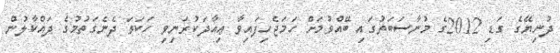
ދުނިޔޭގެ ގަޑި 2012ގެ މުނާސަބަތުގައި ބޭއްވުމަށް ހަމަޖެހިފައިވާ ޢިއާދަކުރަނިވި ހަކަތަ ދެނެގަތުމުގެ ދައްކާލުން